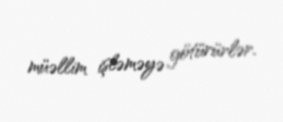
müəllim işləməyə götürürlər.